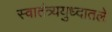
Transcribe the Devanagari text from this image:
स्वातंत्र्ययुध्दातले